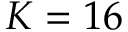
K = 1 6